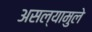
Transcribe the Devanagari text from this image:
असल्यामुले